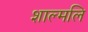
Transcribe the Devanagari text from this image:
शाल्मलि